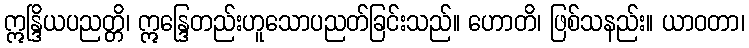
ဣန္ဒြိယပညတ္တိ၊ ဣန္ဒြေတည်းဟူသောပညတ်ခြင်းသည်။ ဟောတိ၊ ဖြစ်သနည်း။ ယာဝတာ၊